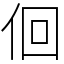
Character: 佪